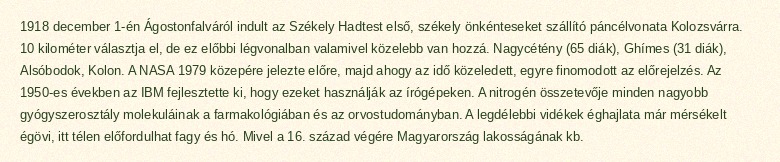
1918 december 1-én Ágostonfalváról indult az Székely Hadtest első, székely önkénteseket szállító páncélvonata Kolozsvárra. 10 kilométer választja el, de ez előbbi légvonalban valamivel közelebb van hozzá. Nagycétény (65 diák), Ghímes (31 diák), Alsóbodok, Kolon. A NASA 1979 közepére jelezte előre, majd ahogy az idő közeledett, egyre finomodott az előrejelzés. Az 1950-es években az IBM fejlesztette ki, hogy ezeket használják az írógépeken. A nitrogén összetevője minden nagyobb gyógyszerosztály molekuláinak a farmakológiában és az orvostudományban. A legdélebbi vidékek éghajlata már mérsékelt égövi, itt télen előfordulhat fagy és hó. Mivel a 16. század végére Magyarország lakosságának kb.